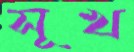
সূখ